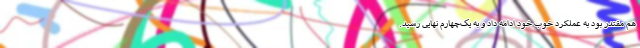
هم مقتدر بود به عملکرد خوب خود ادامه داد و به یک‌چهارم نهایی رسید.